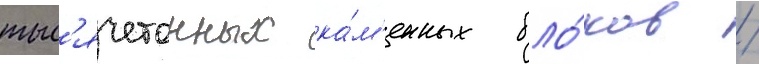
тыс'ячетонных ка́м'енных бло́ков /